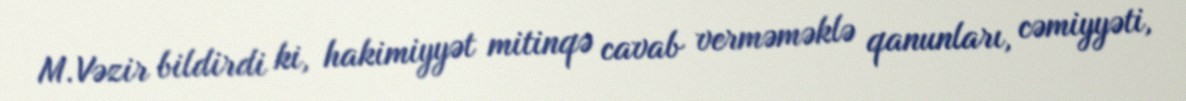
M.Vəzir bildirdi ki, hakimiyyət mitinqə cavab verməməklə qanunları, cəmiyyəti,